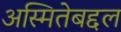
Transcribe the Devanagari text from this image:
अस्मितेबद्दल